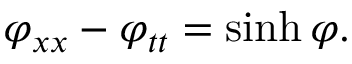
\varphi _ { x x } - \varphi _ { t t } = \sinh \varphi .